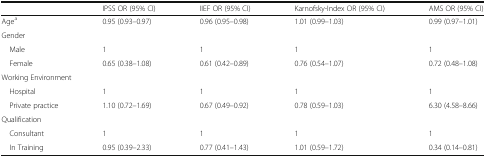
|  | IPSS OR (95% CI) | IIEF OR (95% CI) | Karnofsky-Index OR (95% CI) | AMS OR (95% CI) |
 | --- | --- | --- | --- | --- |
 | Agea | 0.95 (0.93–0.97) | 0.96 (0.95–0.98) | 1.01 (0.99–1.03) | 0.99 (0.97–1.01) |
 | <COLSPAN=5> Gender |
 | Male | 1 | 1 | 1 | 1 |
 | Female | 0.65 (0.38–1.08) | 0.61 (0.42–0.89) | 0.76 (0.54–1.07) | 0.72 (0.48–1.08) |
 | <COLSPAN=5> Working Environment |
 | Hospital | 1 | 1 | 1 | 1 |
 | Private practice | 1.10 (0.72–1.69) | 0.67 (0.49–0.92) | 0.78 (0.59–1.03) | 6.30 (4.58–8.66) |
 | <COLSPAN=5> Qualification |
 | Consultant | 1 | 1 | 1 | 1 |
 | In Training | 0.95 (0.39–2.33) | 0.77 (0.41–1.43) | 1.01 (0.59–1.72) | 0.34 (0.14–0.81) |